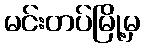
မင်းတပ်မြို့မှ